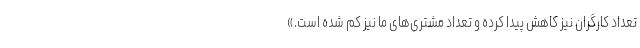
تعداد کارگران نیز کاهش پیدا کرده و تعداد مشتری‌های ما نیز کم شده است.»